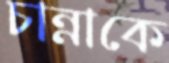
চান্নাকে